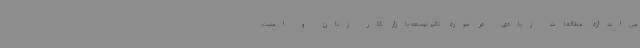
می‌اندازد. مطالعات زیادی در مورد تاثیر توسعه بازار کار زنان و امنیت